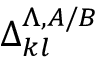
\Delta _ { k l } ^ { \Lambda , A / B }